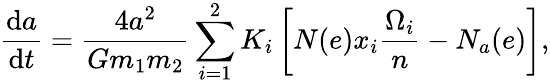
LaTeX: \frac{\mathrm{d}a}{\mathrm{d}t}=\frac{4a^{2}}{Gm_{1}m_{2}}\sum_{i=1}^{2}K_{i}\left[N(e)x_{i}\frac{\Omega_{i}}{n}-N_{a}(e)\right],